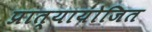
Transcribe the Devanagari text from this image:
प्रात्यायोजित